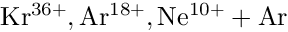
\mathrm { K r ^ { 3 6 + } , A r ^ { 1 8 + } , N e ^ { 1 0 + } + A r }